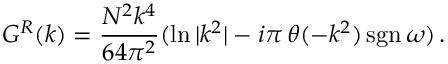
G ^ { R } ( k ) = { \frac { N ^ { 2 } k ^ { 4 } } { 6 4 \pi ^ { 2 } } } ( \ln { | k ^ { 2 } | } - i \pi \, \theta ( - k ^ { 2 } ) \, \mathrm { s g n } \, \omega ) \, .